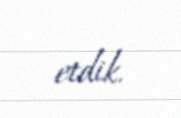
etdik.